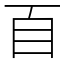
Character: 𦣻